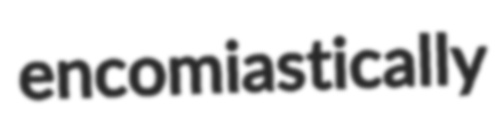
encomiastically